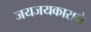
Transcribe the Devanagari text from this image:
जयजयकाराने